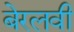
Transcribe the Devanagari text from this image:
बेरलवी